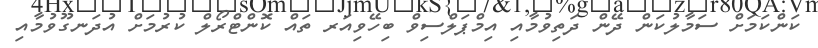
ކަންކަމަށް ސަމާލުކަން ދޭން ދަތިވުމާއި އިމްޕަލްސިވް ބިހޭވިއަރ ތައް ކޮންޓްރޯލް ކުރުމަށް އުދަނގޫވުމާއި